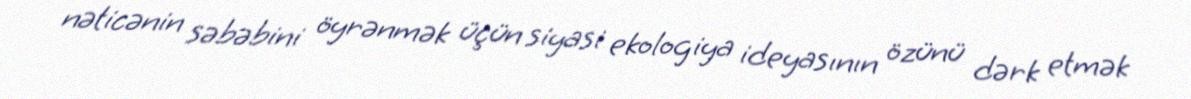
nəticənin səbəbini öyrənmək üçün siyasi ekologiya ideyasının özünü dərk etmək